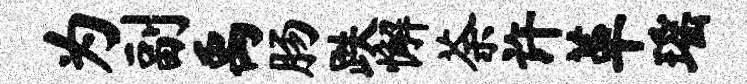
为副禹肠跌懈荼许革瑶